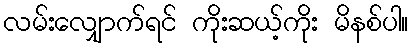
လမ်းလျှောက်ရင် ကိုးဆယ့်ကိုး မိနစ်ပါ။